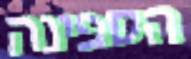
הספינה